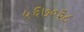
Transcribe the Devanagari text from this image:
५६७०३८